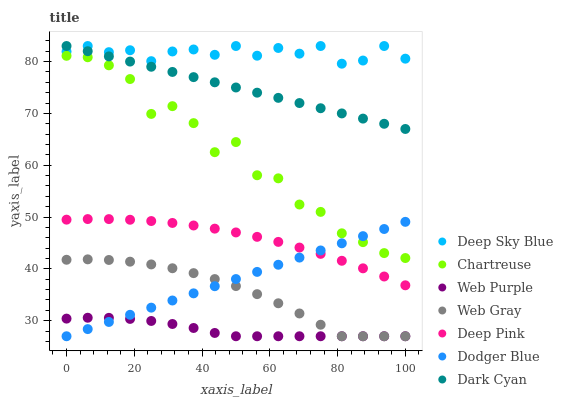
| xaxis_label | Deep Sky Blue | Chartreuse | Web Purple | Web Gray | Deep Pink | Dodger Blue | Dark Cyan |
 | --- | --- | --- | --- | --- | --- | --- | --- |
 | 0 | 81.9 | 81.1 | 30.4 | 41.8 | 49.5 | 27 | 83 |
 | 6.25 | 83 | 80.8 | 30.6 | 41.8 | 49.6 | 28.4 | 82 |
 | 12.5 | 81.8 | 79.3 | 30.6 | 41.7 | 49.6 | 29.8 | 81 |
 | 18.8 | 82.2 | 76.6 | 30.3 | 41.4 | 49.5 | 31.1 | 80 |
 | 25 | 80.1 | 69.9 | 30 | 40.9 | 49.2 | 32.5 | 79 |
 | 31.2 | 81.9 | 71.4 | 29.4 | 40.1 | 48.9 | 33.9 | 78 |
 | 37.5 | 82.3 | 68.1 | 28.6 | 39.2 | 48.4 | 35.3 | 77 |
 | 43.8 | 81.3 | 62.5 | 27.6 | 38 | 47.8 | 36.7 | 76 |
 | 50 | 83 | 64.5 | 27 | 36.7 | 47 | 38 | 75 |
 | 56.2 | 81.1 | 58.1 | 27 | 35.1 | 46.2 | 39.4 | 74 |
 | 62.5 | 82.6 | 57.5 | 27 | 33.4 | 45.2 | 40.8 | 73 |
 | 68.8 | 81.5 | 52.4 | 27 | 31.4 | 44.1 | 42.2 | 72 |
 | 75 | 83 | 51 | 27 | 29.2 | 42.9 | 43.6 | 71 |
 | 81.2 | 79.6 | 46.9 | 27 | 27 | 41.6 | 44.9 | 70 |
 | 87.5 | 80.2 | 45.2 | 27 | 27 | 40.1 | 46.3 | 69 |
 | 93.8 | 83 | 43 | 27 | 27 | 38.5 | 47.7 | 68 |
 | 100 | 80.6 | 42.1 | 27 | 27 | 36.8 | 49.1 | 67 |